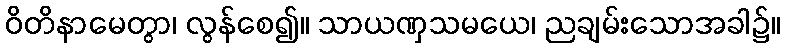
ဝိတိနာမေတွာ၊ လွန်စေ၍။ သာယဏှသမယေ၊ ညချမ်းသောအခါ၌။